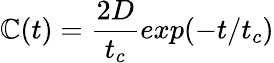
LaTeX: \mathbb{C}(t)=\frac{{2D}}{{t_{c}}}exp(-t/t_{c})